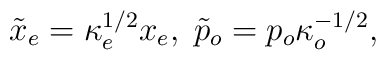
\tilde{x}_{e}=\kappa _{e}^{1/2}x_{e},\;\tilde{p}_{o}=p_{o}\kappa _{o}^{-1/2},